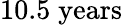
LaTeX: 10.5\; \textrm{years}